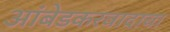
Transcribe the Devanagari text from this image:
आंबेडकरवादाचा